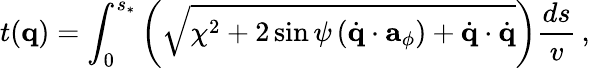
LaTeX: t({\mathbf q})=\int_{0}^{s_{*}}\left(\sqrt{\chi^{2}+2\sin\psi\left(\dot{\mathbf q}\cdot{\mathbf a}_{\phi}\right)+\dot{\mathbf q}\cdot\dot{\mathbf q}}\right)\frac{ds}{v}\, ,